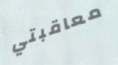
معاقبتي